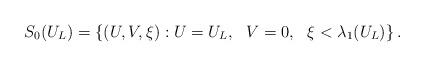
LaTeX: \begin{align*}S_0(U_L)=\{(U,V,\xi): U=U_L, \ \ V=0, \ \ \xi< \lambda_1(U_L)\}\,.\end{align*}